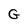
Character: G